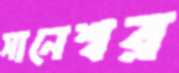
সানেশ্বর